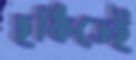
হকিতেই